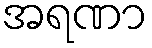
အရဏာ